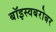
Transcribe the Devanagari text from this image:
बॉइस्वबरोबर